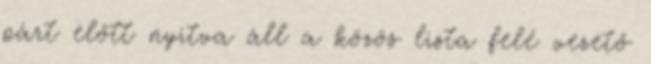
párt előtt nyitva áll a közös lista felé vezető